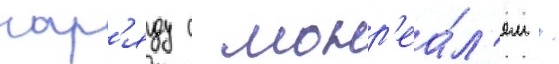
нар'яду с монр'еа́л'ем /